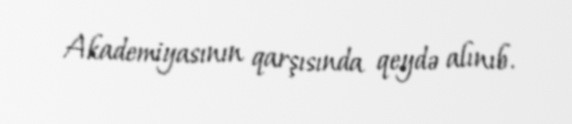
Akademiyasının qarşısında qeydə alınıb.